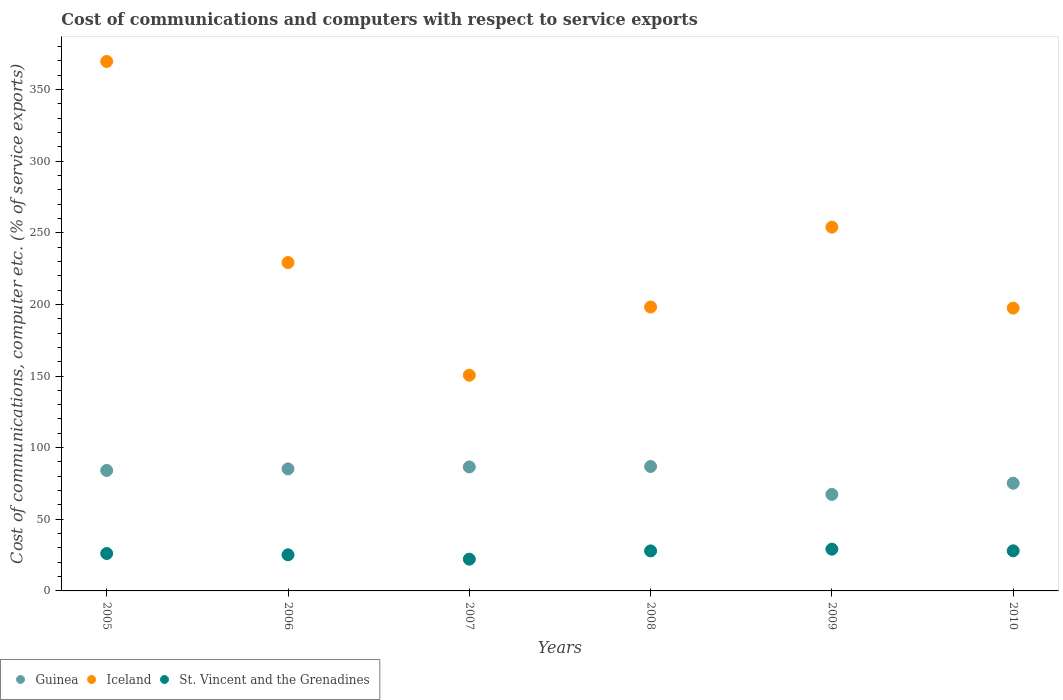
| Years | Guinea | Iceland | St. Vincent and the Grenadines |
 | --- | --- | --- | --- |
 | 2005 | 84.1 | 370 | 26.1 |
 | 2006 | 85.2 | 229 | 25.2 |
 | 2007 | 86.5 | 151 | 22.2 |
 | 2008 | 86.9 | 198 | 27.9 |
 | 2009 | 67.4 | 254 | 29.1 |
 | 2010 | 75.2 | 197 | 28 |